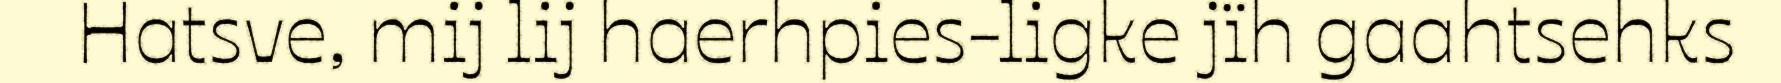
Hatsve, mij lij haerhpies-ligke jïh gaahtsehks